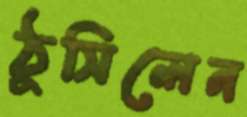
ঠুসিলেন